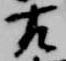
左